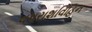
વપરાશવિહિન